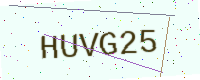
Text: HUVG25